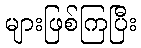
များဖြစ်ကြပြီး